Annual administration and progress report of the Indian Medical Department, Bombay
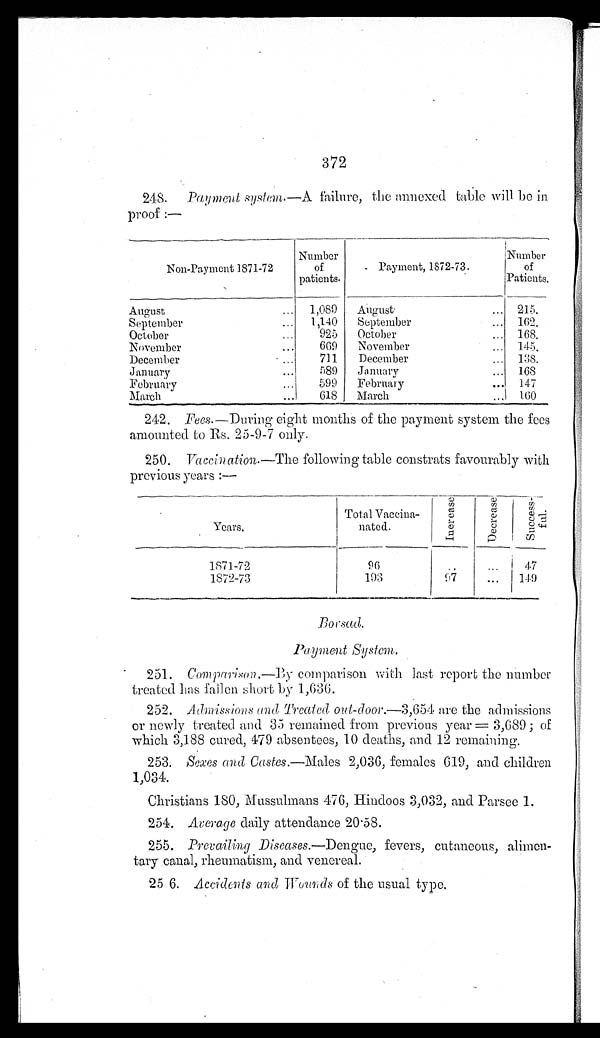
3 72
248. Payment System.—A failure, the annexed table will be in
proof :—
Non-Payment 1871-72
Number
of
patients.
Payment, 1872-73.
Number
of
Patients.
August
...
1,089
August
... 215.
September
1,140
September
... 162.
October...
9 2 5 October
... 168.
November
...
669
November
... 145.
December
711
December
... 138.
January
589
January
... 168
February
599
February
.... 147
March
....
618
March
. „. 160
242. Fees —During eight months of the payment system the fees
amounted to Rs. 25-9-7 only.
250. Vaccination.—The following table constrats favourably with
previous years :—
Years.
Total Vaccina-
nated.
I n c r e a s e
D e c r e a s e
S u c c e s s -
f u l .
1871-72
9 6
..
...
47
1872-73
193
97
...
149
Borsad.
Payment System,.
251. Comparison.—By comparison with last report the number
treated has fallen short by 1,636.
252. Admissions and Treated out-door.—3,654 are the admissions
or newly treated and 35 remained from previous year = 3,689 ; of
which 3,188 cured, 479 absentees, 10 deaths, and 12 remaining.
253. Sexes and Castes.—Males 2,036, females 619, and children
1,034.
Christians 180, Mussulmans 476, Hindoos 3,032, and Parsee 1.
254. Average daily attendance 20.58.
255.
Prevailing Diseases.— Dengue, fevers, cutaneous, alimen--
tary canal, rheumatism, and venereal.
25 6. Accidents and Wounds of the usual type.